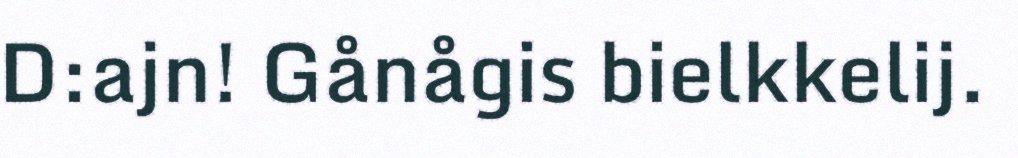
D:ajn! Gånågis bielkkelij.